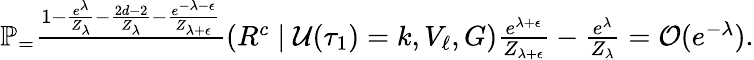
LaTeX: \begin{array}{r}{\mathbb{P}_=\frac{1-\frac{e^{\lambda}}{Z_{\lambda}}-\frac{2d-2}{Z_{\lambda}}-\frac{e^{-\lambda-\epsilon}}{Z_{\lambda+\epsilon}}}\! \left(R^{c}\; \middle\vert\; \mathcal{U}(\tau_{1})=k,V_{\ell},G\right){\frac{e^{\lambda+\epsilon}}{Z_{\lambda+\epsilon}}-\frac{e^{\lambda}}{Z_{\lambda}}}=\mathcal{O}(e^{-\lambda}).}\end{array}